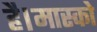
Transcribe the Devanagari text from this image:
है।मास्को